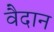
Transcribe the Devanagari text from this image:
वैदान